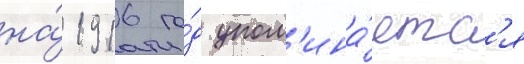
на́ 1916 го́д упом'ина́етс'я